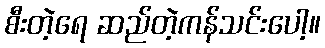
စီးတဲ့ရေ ဆည်တဲ့ကန်သင်းပေါ့။